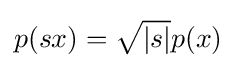
p(sx)={\sqrt {|s|}}p(x)